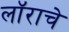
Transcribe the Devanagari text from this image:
लॉराचे